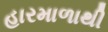
હારમાળાથી